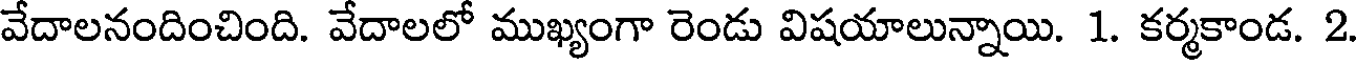
వేదాలనందించింది. వేదాలలో ముఖ్యంగా రెండు విషయాలున్నాయి. 1. కర్మకాండ. 2